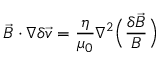
\vec { B } \cdot \nabla \delta \vec { v } = \frac { \eta } { \mu _ { 0 } } \nabla ^ { 2 } \Big ( \frac { \delta \vec { B } } { B } \Big )